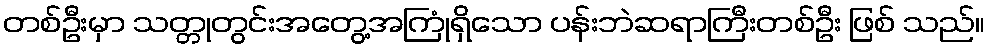
တစ်ဦးမှာ သတ္တုတွင်းအတွေ့အကြုံရှိသော ပန်းဘဲဆရာကြီးတစ်ဦး ဖြစ် သည်။